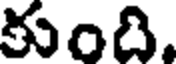
కుంది.